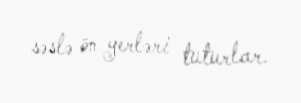
səslə ön yerləri tuturlar.